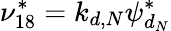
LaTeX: \nu_{18}^{*}=k_{d,N}\psi_{d_{N}}^{*}